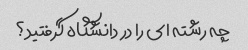
چه رشته ای را در دانشگاه گرفتید؟